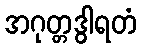
အဂုတ္တဒွါရတံ